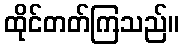
ထိုင်တတ်ကြသည်။